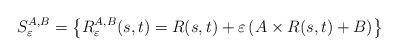
LaTeX: \begin{align*} S^{A, B}_{\varepsilon} = \left\{R^{A,B}_{\varepsilon}(s,t) = R(s,t) + \varepsilon \left(A \times R(s,t) + B\right) \right\}\end{align*}